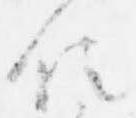
位